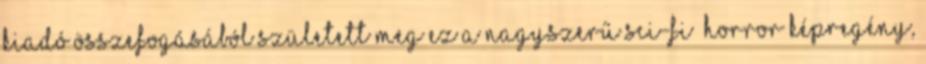
kiadó összefogásából született meg ez a nagyszerű sci-fi horror képregény,